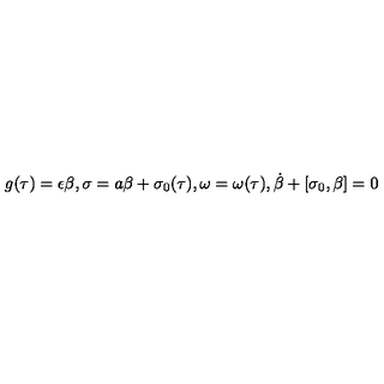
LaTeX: g ( \tau ) = \epsilon \beta , \sigma = a \beta + \sigma _ { 0 } ( \tau ) , \omega = \omega ( \tau ) , \dot { \beta } + [ \sigma _ { 0 } , \beta ] = 0